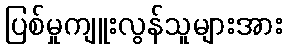
ပြစ်မှုကျူးလွန်သူများအား